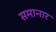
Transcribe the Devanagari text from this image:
समानार